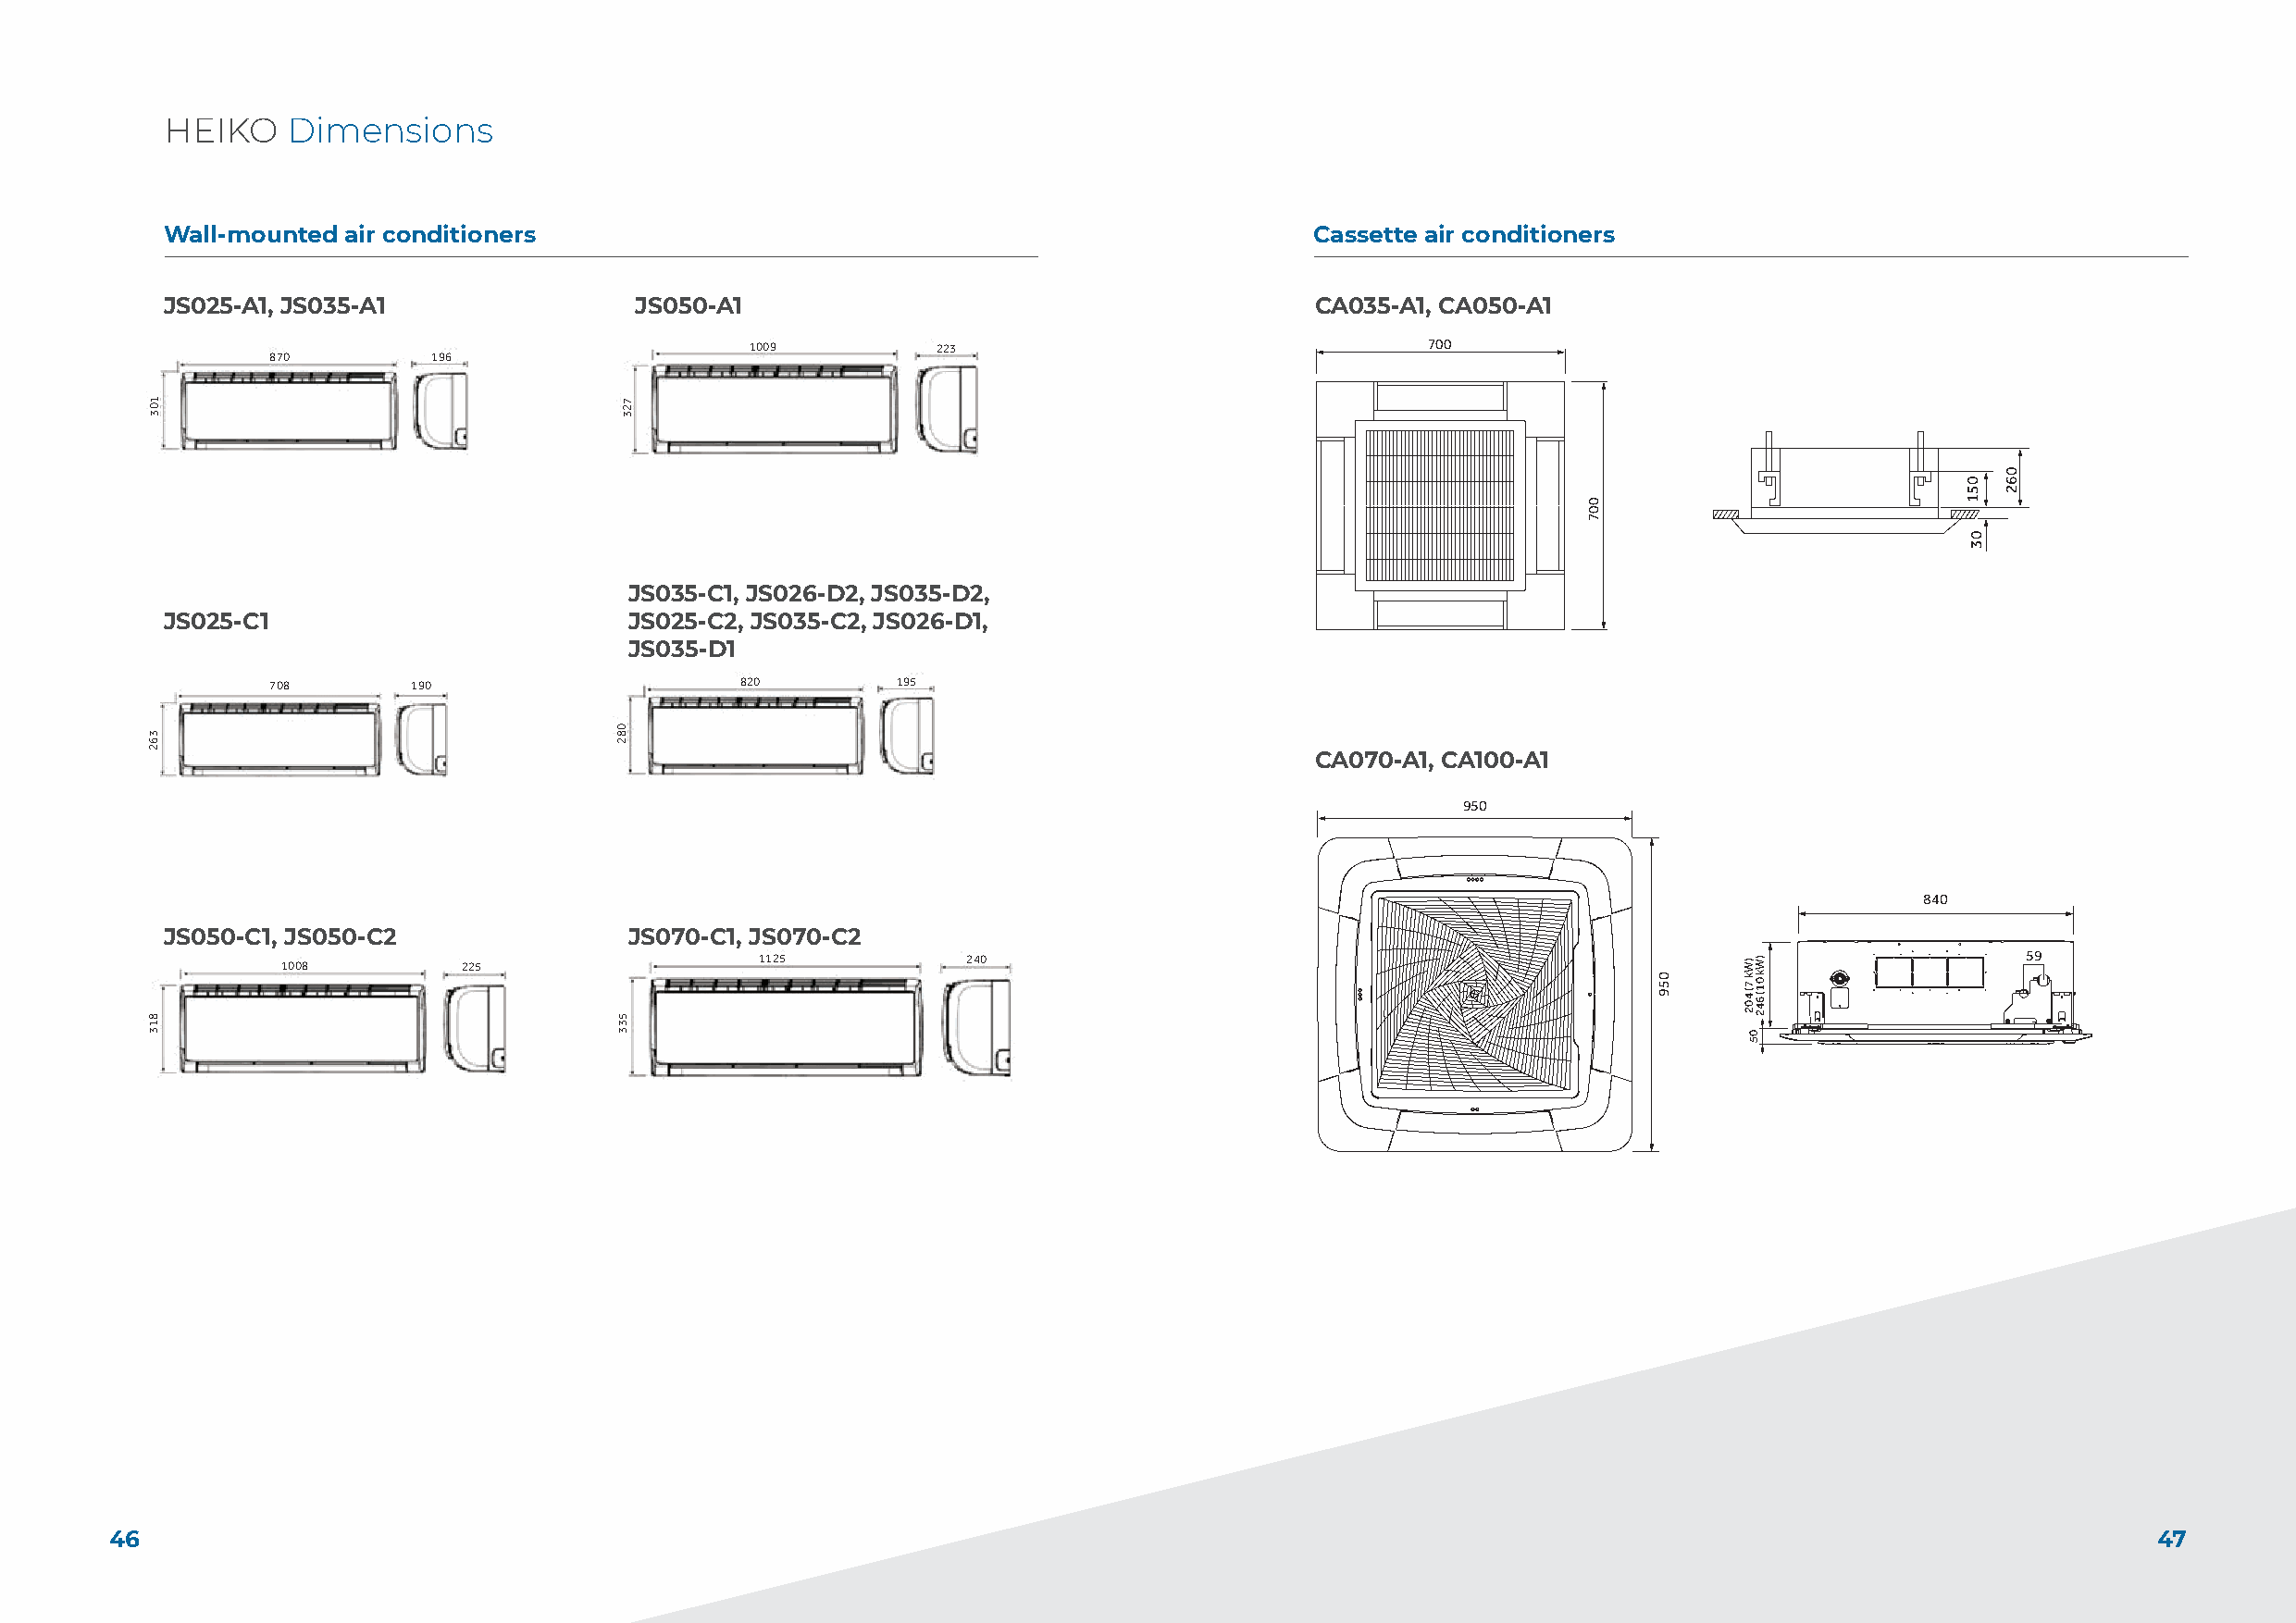
JS025-C1,     JS035-C1,    JS050-C1,    JS070-C1
 HEIKO    Dimensions
 Lo7re0m8 Ipsum 190
 JS025-C1, JS035-C1, JS05W0a-llC-m1o,u JntSed0 7ai0r c-oCnd1itioners                           Cassette air conditioners
 JS025-A1, JS035-A1               JS050-A1                                         CA035-A1, CA050-A1
 Lo7re0m8 Ipsum 190 870         196                    1009         223                                700
 JSJ0S2052-5C-1C,1 J,S J0S3053-5C-1C,1 J,S J0S5005-0C-1C,1 J,S J0S7007-0C-1C1
 CA035-A1,     CA050-A1
 JS035-C1, JS026-D2, JS035-D2,
 JS025-C1                         JS025-C2, JS035-C2, JS026-D1,
 JS035-D1
 JSJ0S20L 5o7r 27e00m -88 LI 5po Cs7rue0mm -8 I 1p Csum ,1 J,S J01 S199300 01 59 30 -5C-1C,1 J,S J0S5005-0C-1C,1 J8 ,2 S0 J0S7007-0C-1C195 1
 CA035-A1, CA050-A1
 CA070-A1, CA100-A1
 Lo7re0m8 LIpos 7rue0mm8 Ipsum 190 190                                                 950
 840
 JS050-C1, JS050-C2               JS070-C1, JS070-C2
 1008         225                  1125           240                                                                         59
 CAC0A3053-5A-1A,1 C, AC0A5005-0A-1A1
 402                             246
 CAC0A3053-5A-1A,1 C, AC0A5005-0A-1A1
 402   246
 46                                                                                                                                                47
 402 402                          246 246
 402 402                          246 246
 362
 402
 103
 336622
 813
 362
 362
 362
 402
 402
 402
 402
 723
 082
 533
 362
 402
 007
 059
 ) ) WW
 k4k 0 67 1( 2( 4 60
 42
 2
 7045
 051
 03
 062